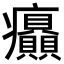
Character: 𤼟